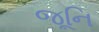
જૂનિ